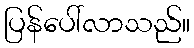
ပြန်ပေါ်လာသည်။